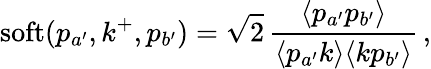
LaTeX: \mathrm{soft}(p_{a^{\prime}},k^{+},p_{b^{\prime}})=\sqrt{2}\, {\frac{\langle p_{a^{\prime}}p_{b^{\prime}}\rangle}{\langle p_{a^{\prime}}k\rangle\langle kp_{b^{\prime}}\rangle}}\, ,